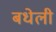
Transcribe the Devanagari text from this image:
बधेली